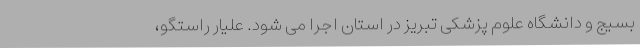
بسیج و دانشگاه علوم پزشکی تبریز در استان اجرا می شود. علیار راستگو،